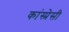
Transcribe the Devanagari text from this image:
कांस्प्रेसी